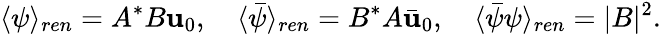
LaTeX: \langle\psi\rangle_{ren}=A^{*}B\mathbf{u}_{0},\quad\langle\bar{{\psi}}\rangle_{ren}=B^{*}A\bar{{\mathbf{u}}}_{0},\quad\langle\bar{{\psi}}\psi\rangle_{ren}=|B|^{2}.